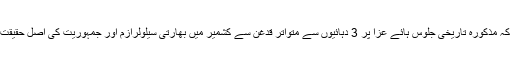
آغا حسن نے کہا کہ مذکورہ تاریخی جلوس ہائے عزا پر 3 دہائیوں سے متواتر قدغن سے کشمیر میں بھارتی سیلولرازم اور جمہوریت کی اصل حقیقت عیاں ہورہی ہے۔